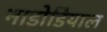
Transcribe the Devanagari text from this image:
नाडोडियाल